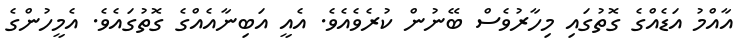
އާއްމު އަޑެއްގެ ގޮތުގައި މިހާރުވެސް ބޭނުން ކުރެވެއެވެ. އެއީ އަބިނާއެއްގެ ގޮތުގައެވެ. އެމީހުންގެ